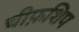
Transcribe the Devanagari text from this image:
चीफ़शिप